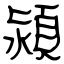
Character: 潁